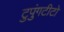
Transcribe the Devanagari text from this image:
टुपुंगटीटो